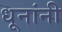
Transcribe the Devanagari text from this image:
धूनांनी